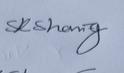
Signature authenticity: genuine